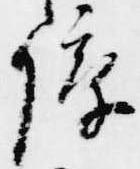
障